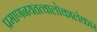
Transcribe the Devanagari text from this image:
प्रमाणनयतत्वालोकालंकार